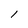
Character: 1